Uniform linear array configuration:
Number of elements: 4
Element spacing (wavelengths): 0.5
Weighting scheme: binomial
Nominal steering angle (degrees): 30
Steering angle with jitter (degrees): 28.049
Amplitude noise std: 0.05
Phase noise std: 0.05

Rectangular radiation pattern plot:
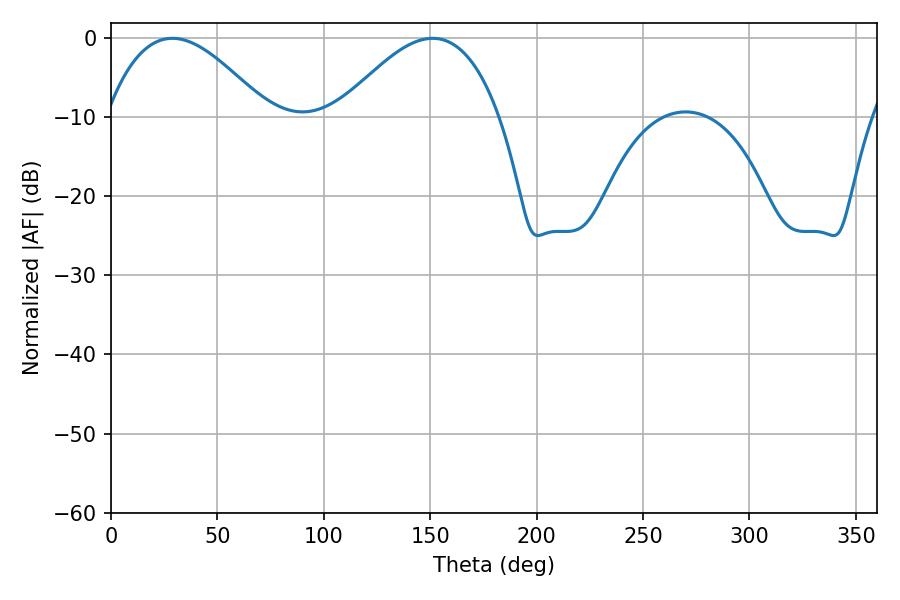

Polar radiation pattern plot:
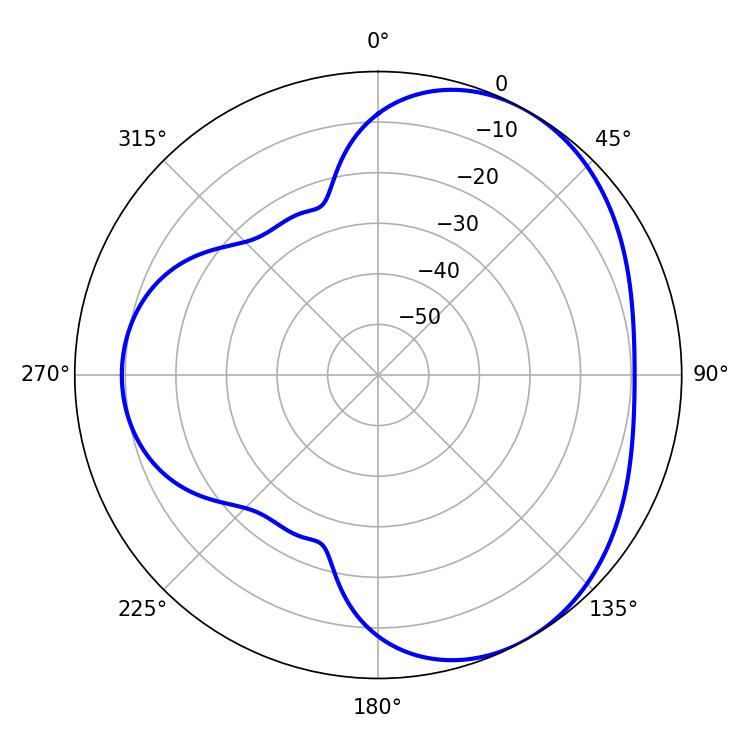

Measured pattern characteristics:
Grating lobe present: FALSE
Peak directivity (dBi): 4.111
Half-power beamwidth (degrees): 41.04
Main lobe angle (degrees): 28.8